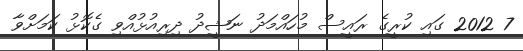
7 2012 ގައި ކުރީގެ ރައީސް މުހައްމަދު ނަޝީދު ދިރިއުޅުއްވި ގެކޮޅު ކަމަށްވާ